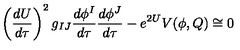
\left( \frac { d U } { d \tau } \right) ^ { 2 } g _ { I J } \frac { d \phi ^ { I } } { d \tau } \frac { d \phi ^ { J } } { d \tau } - e ^ { 2 U } V ( \phi , Q ) \cong 0